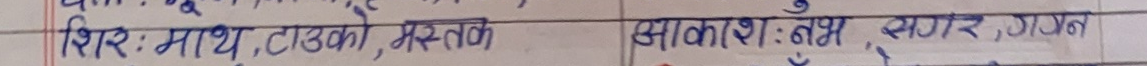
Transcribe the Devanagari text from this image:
शिर : माथ, टको, मस्तक
आकाश : नभ, सगर, गगन